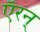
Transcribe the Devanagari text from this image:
ऍरन्